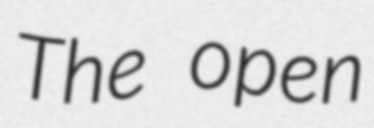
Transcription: The open